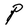
Character: P